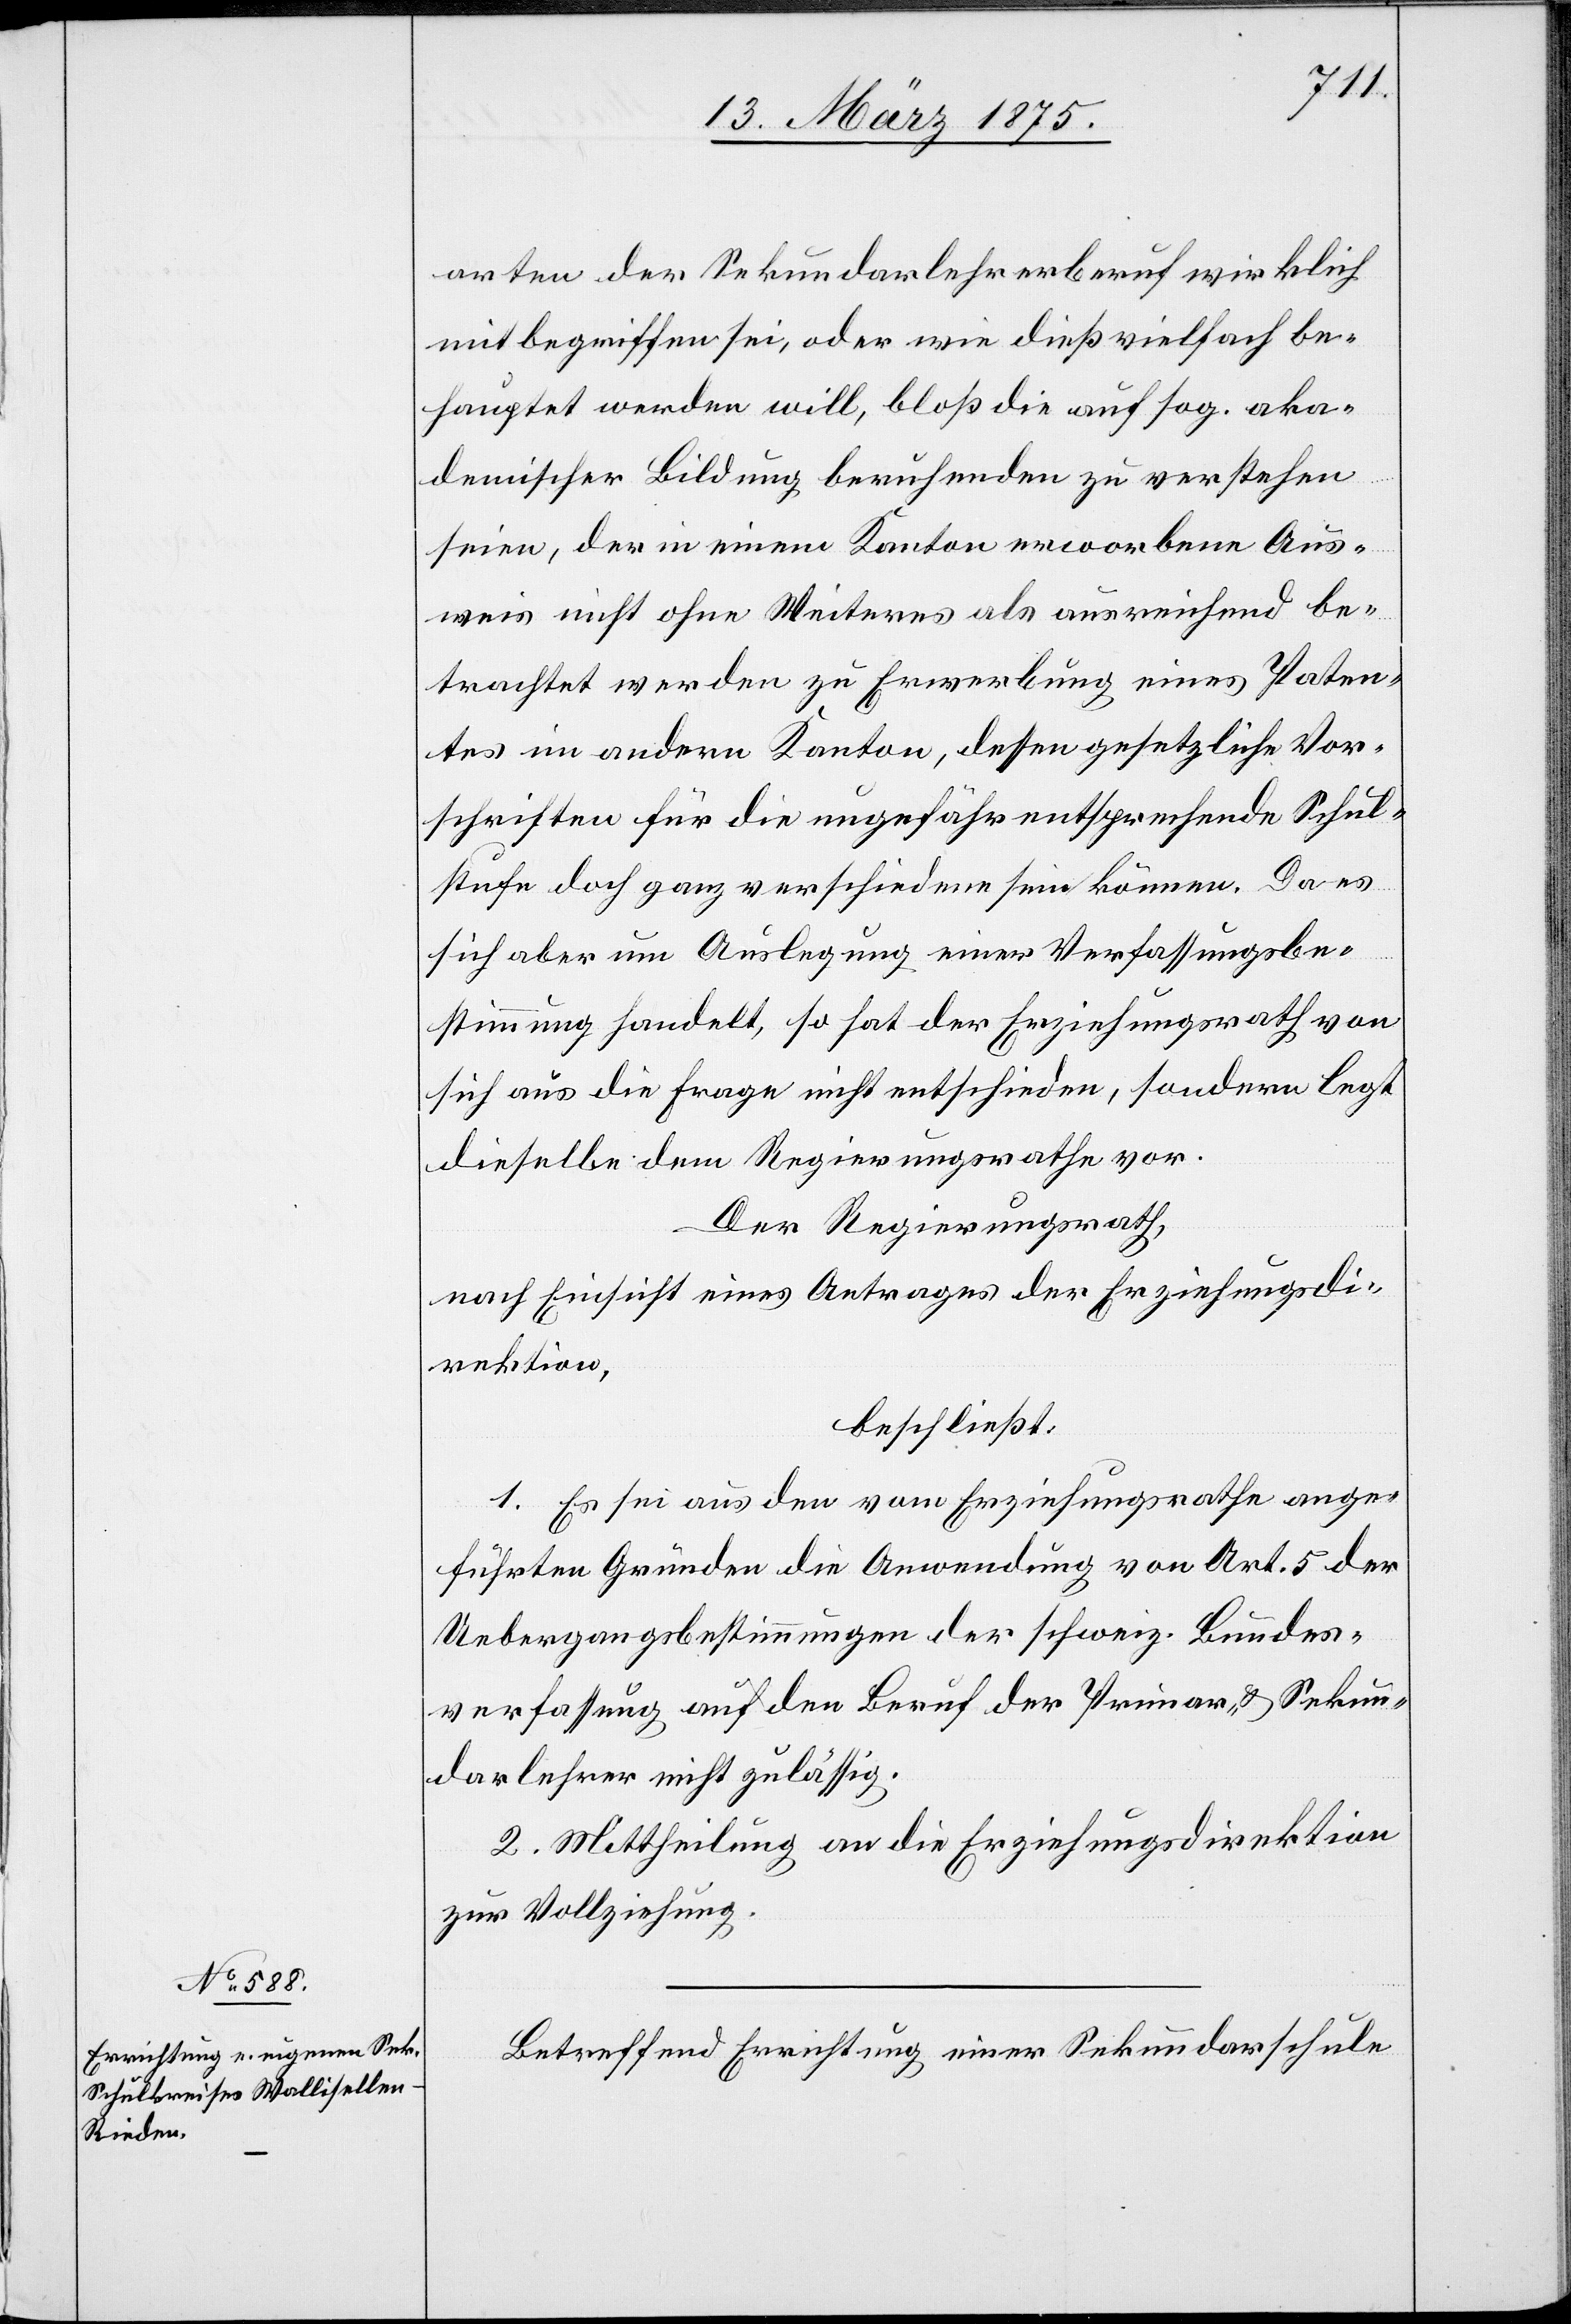
arten der Sekundarlehrerberuf wirklich
mit begriffen sei, oder wie dieß vielfach be¬
hauptet werden will, bloß die auf sog. aka¬
demischer Bildung beruhenden zu verstehen
seien, der in einem Kanton erworbene Aus¬
weis nicht ohne Weiteres als ausreichend be¬
trachtet werden zu Erwerbung eines Paten¬
tes im andern Kanton, dessen gesetzliche Vor¬
schriften für die ungefähre entsprechende Schul¬
stufe doch ganz verschiedene sein können. Da es
sich aber um Auslegung einer Verfassungsbe¬
stimmung handelt, so hat der Erziehungsrath von
sich aus die Frage nicht entschieden, sondern legt
dieselbe dem Regierungsrathe vor.
Der Regierungsrath,
nach Einsicht eines Antrages der Erziehungsdi¬
rektion,
beschließt:
1. Es sei aus den vom Erziehungsrathe ange¬
führten Gründen die Anwendung von Art. 5 der
Uebergangsbestimmungen der schweiz. Bundes¬
verfassung auf den Beruf der Primar- & Sekun¬
darlehrer nicht zulässig.
2. Mittheilung an die Erziehungsdirektion
zu Vollziehung.
Betreffend Errichtung einer Sekundarschule